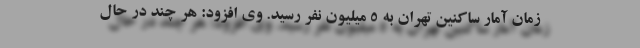
زمان آمار ساکنین تهران به ۵ میلیون نفر رسید. وی افزود: هر چند در حال